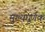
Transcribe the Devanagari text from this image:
मुख्यघूर्णक